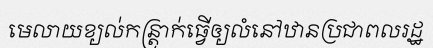
មេលាយខ្យល់កន្ត្រាក់ធ្វើឲ្យលំនៅឋានប្រជាពលរដ្ឋ